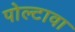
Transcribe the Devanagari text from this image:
पोल्टावा